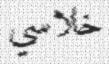
خلاسي